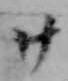
廿